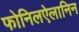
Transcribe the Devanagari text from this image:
फोनिलऐलानिन